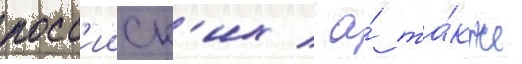
росс'ииск'их / а́ та́кже